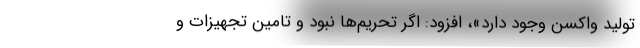
تولید واکسن وجود دارد»، افزود: اگر تحریم‌ها نبود و تامین تجهیزات و